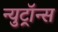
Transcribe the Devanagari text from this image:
न्युट्रॉन्स